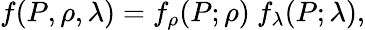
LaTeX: f(P,\rho,\lambda)=f_{\rho}(P;\rho)~f_{\lambda}(P;\lambda),